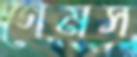
গেমস